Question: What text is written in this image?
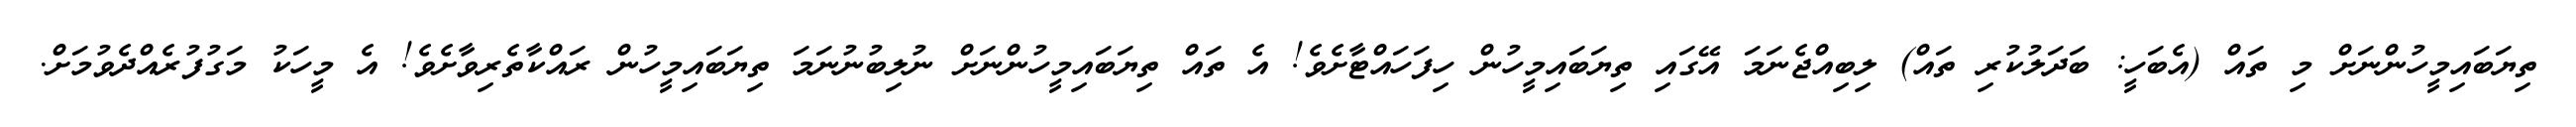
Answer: ތިޔަބައިމީހުންނަށް މި ތައް (އެބަހީ: ބަދަލުކުރި ތައް) ލިބިއްޖެނަމަ އޭގައި ތިޔަބައިމީހުން ހިފަހައްޓާށެވެ! އެ ތައް ތިޔަބައިމީހުންނަށް ނުލިބުނުނަމަ ތިޔަބައިމީހުން ރައްކާތެރިވާށެވެ! އެ މީހަކު މަގުފުރެއްދެވުމަށް.